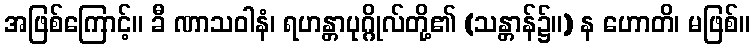
အဖြစ်ကြောင့်။ ခီ ဏာသဝါနံ၊ ရဟန္တာပုဂ္ဂိုလ်တို့၏ (သန္တာန်၌။) န ဟောတိ၊ မဖြစ်။